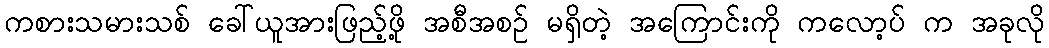
ကစားသမားသစ် ခေါ်ယူအားဖြည့်ဖို့ အစီအစဉ် မရှိတဲ့ အကြောင်းကို ကလော့ပ် က အခုလို